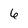
Character: 6